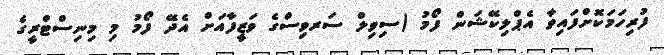
ފުރިހަމަކޮށްފައިވާ އެޕްލިކޭޝަން ފޯމު (ސިވިލް ސަރވިސްގެ ވަޒީފާއަށް އެދޭ ފޯމު މި މިނިސްޓްރީގެ